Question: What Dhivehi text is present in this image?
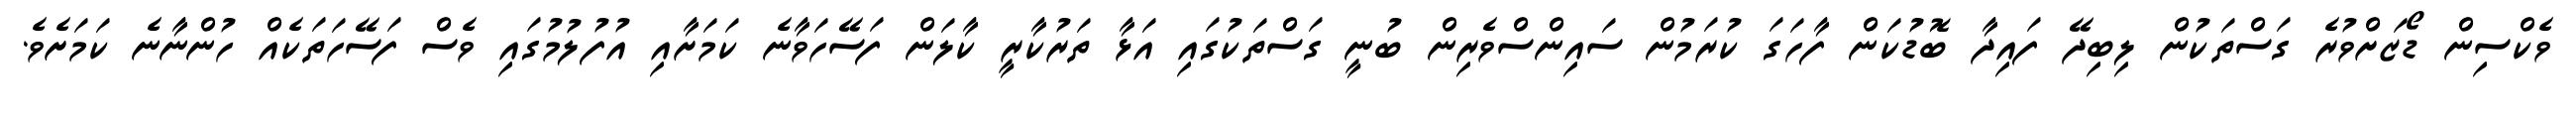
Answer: ވެކްސިން ޑޯޒަށްވުރެ ގަސްތަކުން ލިބިދޭ ފައިދާ ބޮޑުކަން ފާހަގަ ކުރަމުން ސައިންސްވެރިން ބުނީ ގަސްތަކުގައި އަޅާ ތަރުކާރީ ކާލަން ފަސޭހަވާނެ ކަމަށާއި އުފުލުމުގައި ވެސް ފަސޭހަތަކެއް ހުންނާނެ ކަމަށެވެ.